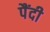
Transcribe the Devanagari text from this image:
पैंदी